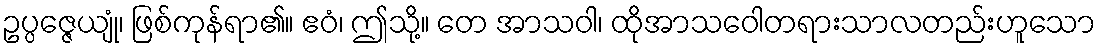
ဥပ္ပဇ္ဇေယျုံ၊ ဖြစ်ကုန်ရာ၏။ ဧဝံ၊ ဤသို့။ တေ အာသဝါ၊ ထိုအာသဝေါတရားသာလတည်းဟူသော